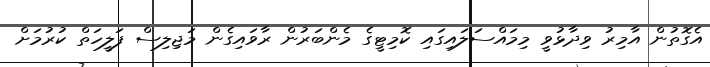
އެގޮތުން އާމިރު ވިދާޅުވީ މިމައްސަލައިގައި ކޮމިޓީގެ މެންބަރުން ރާވައިގެން މަޖިލިސް ފަލީހަތް ކުރުމަށް